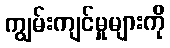
ကျွမ်းကျင်မှုများကို